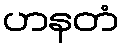
ဟနတံ